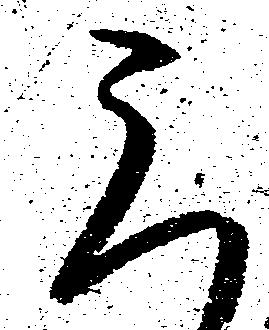
三